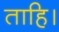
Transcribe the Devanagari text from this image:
ताहि।